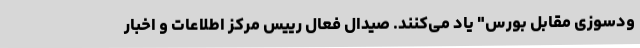
ودسوزی مقابل بورس" یاد می‌کنند. صیدال فعال رییس مرکز اطلاعات و اخبار